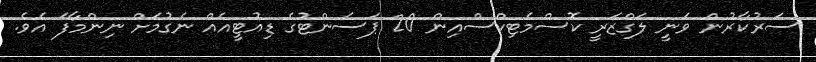
ސަރުކާރުން ވަނީ ލަގްޒަރީ ކޮސްމެޓިކްސްއިން 20 ޕަސެންޓުގެ ޑިއުޓީއެއް ނެގުމަށް ނިންމާފަ އެވެ.